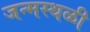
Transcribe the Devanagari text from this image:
जन्मस्थळी